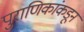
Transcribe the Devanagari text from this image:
पुराणिकांकडून